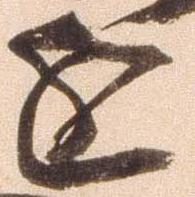
進